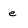
Character: e